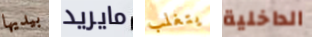
بيديها مايريد يتغلب الداخلية